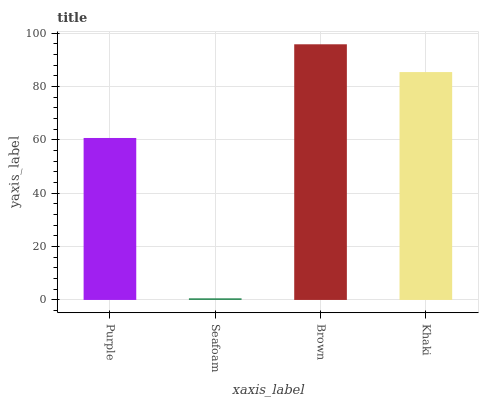
| xaxis_label | bars |
 | --- | --- |
 | Purple | 60.7 |
 | Seafoam | 0.615 |
 | Brown | 95.8 |
 | Khaki | 85.4 |